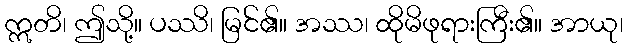
ဣတိ၊ ဤသို့။ ပဿိ၊ မြင်၏။ အဿ၊ ထိုမိဖုရားကြီး၏။ အာယု၊